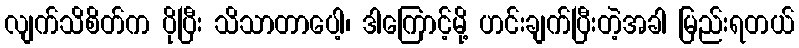
လျက်သိစိတ်က ပိုပြီး သိသာတာပေါ့၊ ဒါကြောင့်မို့ ဟင်းချက်ပြီးတဲ့အခါ မြည်းရတယ်